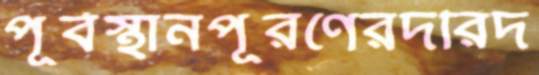
পূর্বস্থানপূরণেরদরিদ